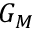
G _ { M }